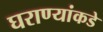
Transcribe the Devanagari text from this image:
घराण्यांकडे